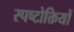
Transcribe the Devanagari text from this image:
स्पष्टोक्तियों